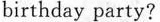
birthday party?